Source: Handwritten
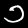
Digit: ၁ (1)